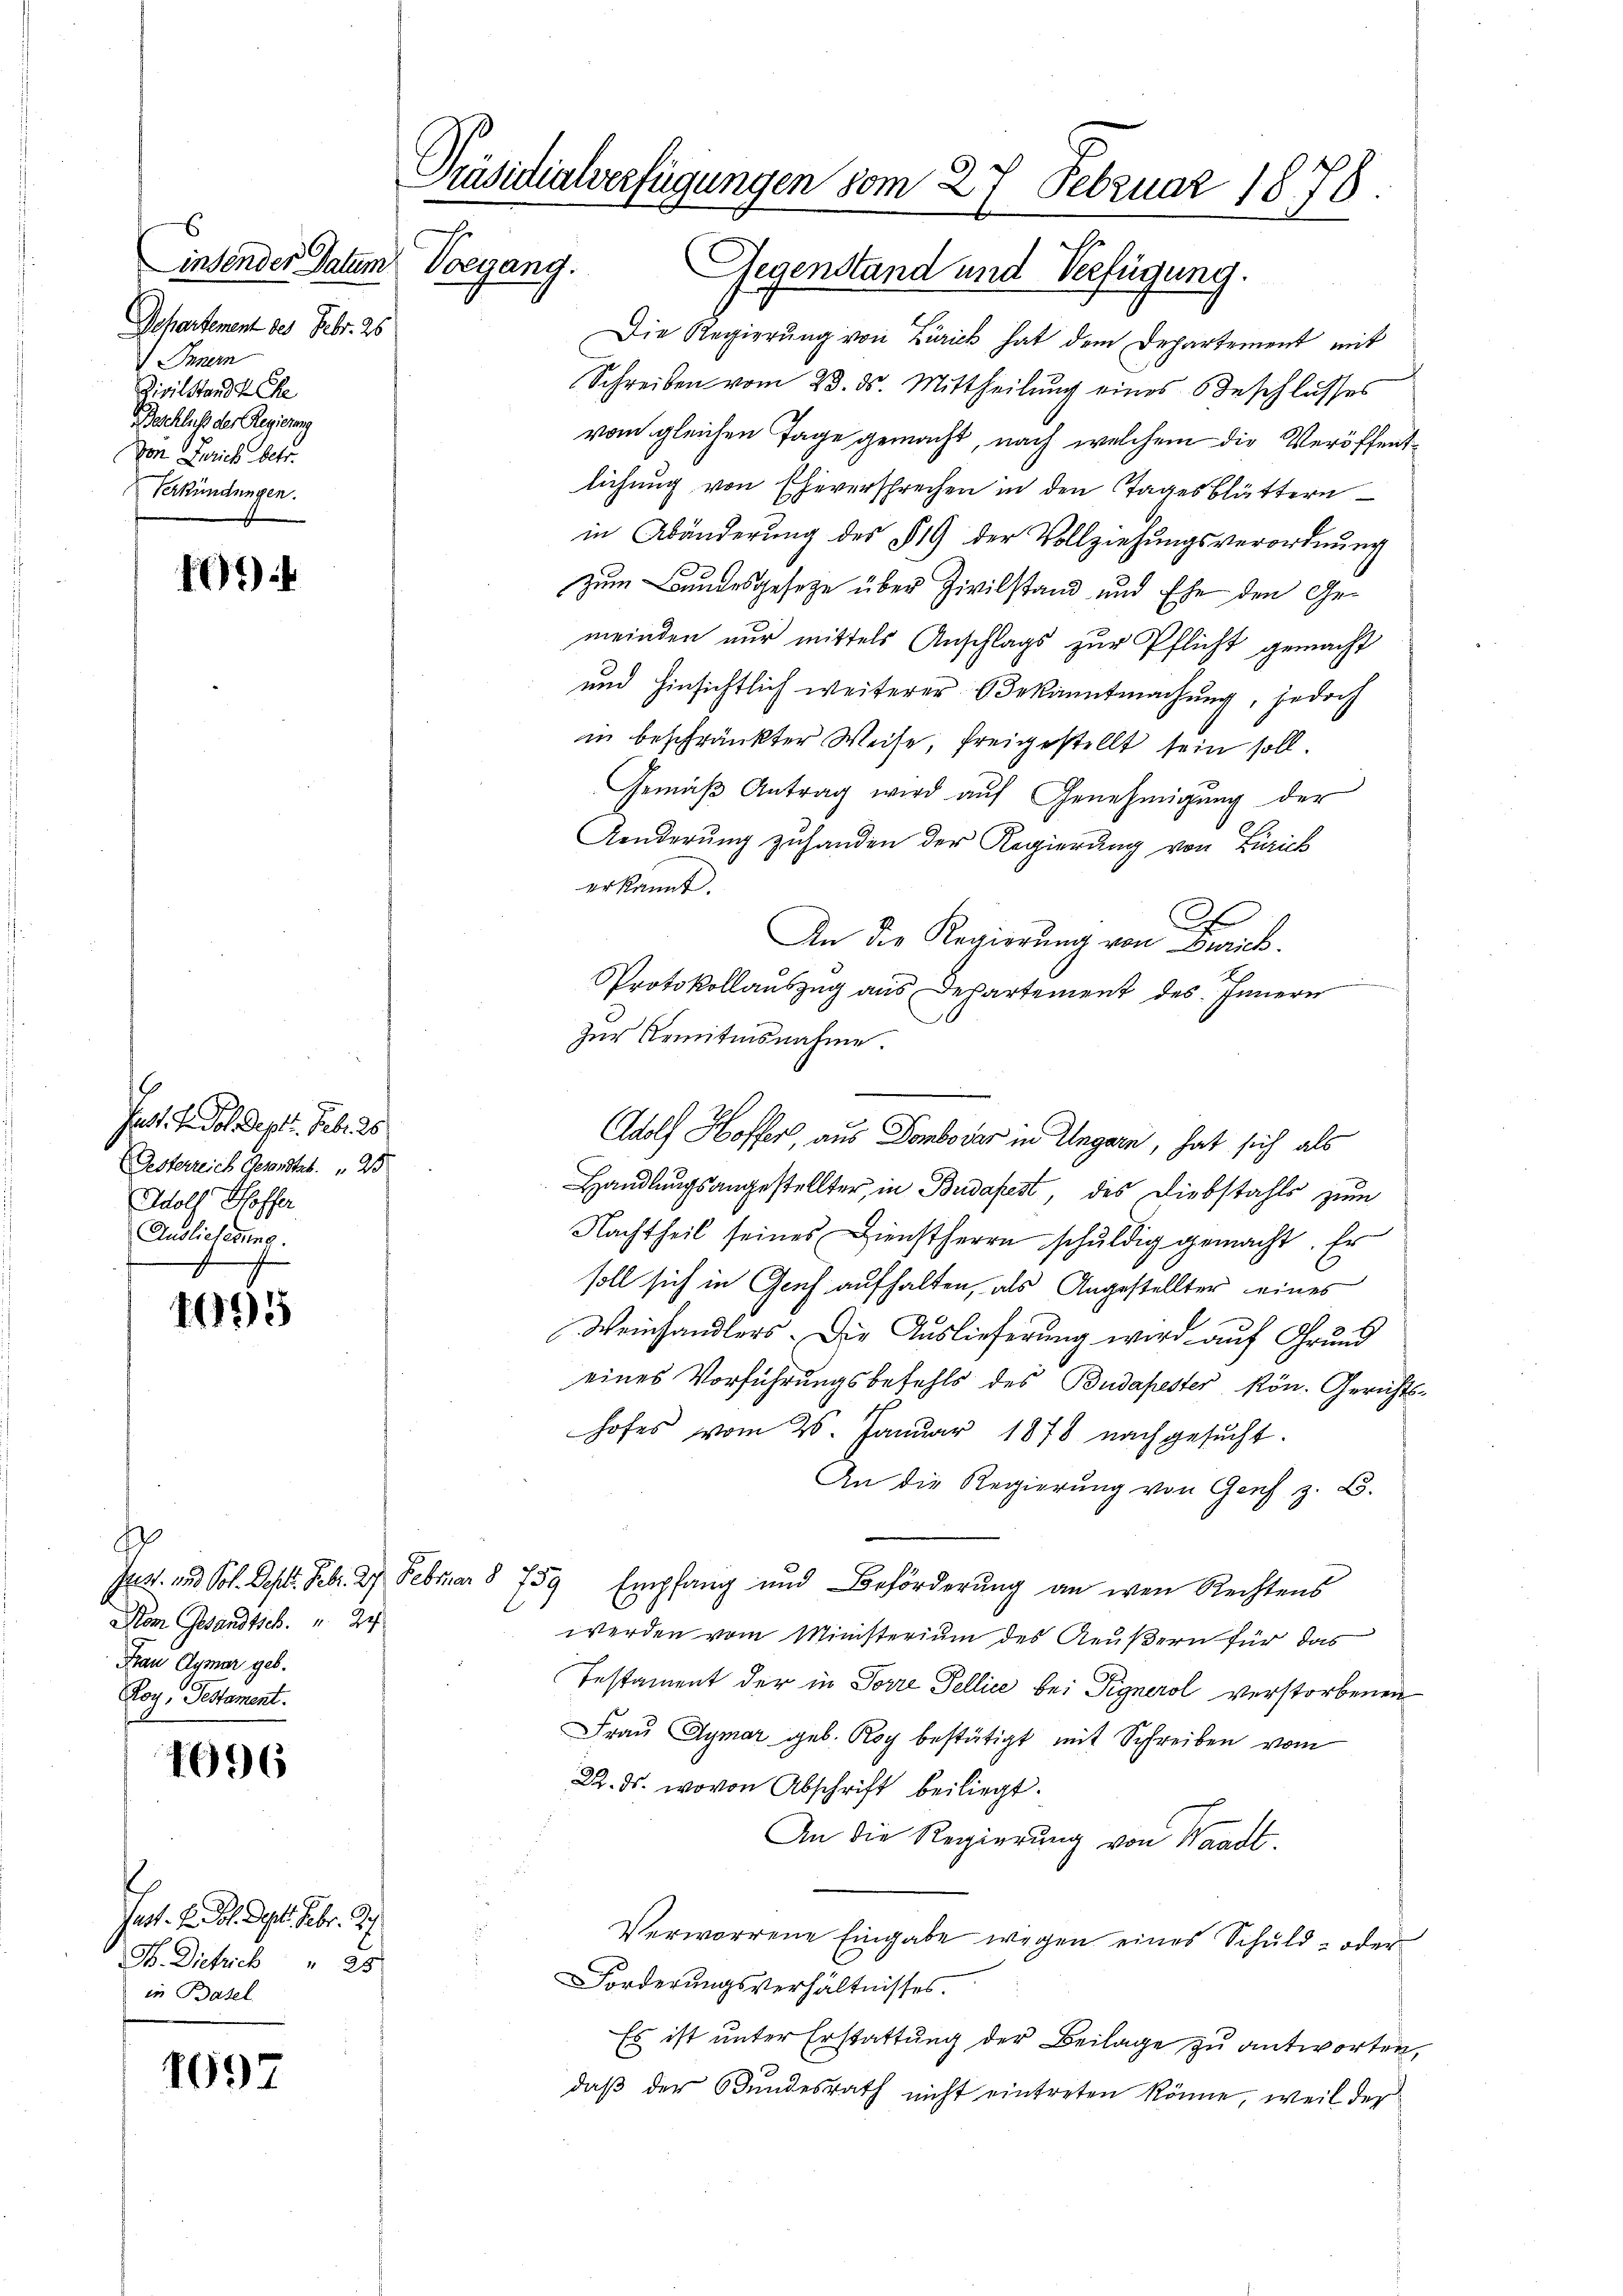
s
insender Datum Vorgang.
Dchartement des Febr. 25
 Innern
Zivilstandt Che
Beschlich der Regierung
von Zürich betr.
Verkündungen.

19

Jast. In Fol. Sept. Feb. 25
EGesterreich Gesandtes. 25
Adolf Hoffer
Auslicherung.

1995

s
Stom Gesandtsch. 24
Frau Aymar geb.
Roy. Testament.

1696

Jast. H. Joh. Sept. Febr. 1
F. Dietrieb " 25
in Basel

1697

Präsidialverfügungen vom 27. Februar 1878.
Gegenstand und Verfügung.

Die Regierung von Zürich hat dem Departement mit
Schreiben vom 23. ds. Mittheilung eines Beschlusses
vom gleichen Tage gemacht, nach welchem die Veröffentlichung von Eheversprechen in den Tagesblättern
in Abänderung des § 19 der Vollziehungsverordnung
zum Bundesgesetze über Zivilstand und Ehe den Gemeinden nur mittels Anschlags zur Pflicht gemacht
und hinsichtlich weiterer Bekanntmachung, jedoch
in beschränkter Weise, freigestellt sein soll.
Gemäβ Antrag wird aŭf Genehmigŭng der
Aenderung zuhanden der Regierung von Zürich
erkannt.
c
An die Regierung von Zürich.
s
Protokollauszug aus Departement des Innern
Zur Remitinsnahme.
Adolf Hoffer, aus Dombovar in Ungarn, hat sich als
Handlungsangestellter, in Budapest, des Diebstahls zum
Nachtheil seines Dienstherrn schŭldig gemacht. Er
soll sich in Gruf aufhalten, als Angestellter eines
Weinhandlers. Die Auslieferung wird auf Grund
eines Vorführungsbefehls des Budapester kön. Gerichts-
hofes vom 25. Januar 1878 nachgesucht.
An die Regierung von Genf z. B.
Jes. und Sol. Sept. Febr. 27. Februar § 759 Empfang und Beförderŭng an wen Rechtens
werden vom Ministerium des Aeußern für das
Testament der in Forre Fellice bei Pignerol verstorbenen
Frau Aymar geb. Roy bestätigt mit Schreiben vom
22. ds. wovon Abschrift beiliegt.
An die Regierung von Waadt.
Verworrene Eingabe wegen eines Schuld- oder
Forderungsverhältnisses.
Es ist unter Erstattung der Beilage zu antworten,
daß der Bundesrath nicht eintreten könne, weil der